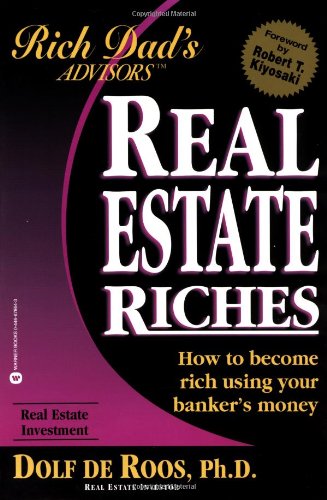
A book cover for Real Estate Riches: How to Become Rich Using Your Banker's Money (Rich Dad's Advisors); Dolf de Roos; Business & Money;